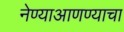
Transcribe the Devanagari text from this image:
नेण्याआणण्याचा